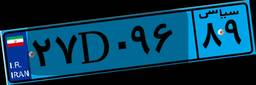
۲۷D۰۹۶۸۹